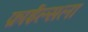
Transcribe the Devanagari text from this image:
फ़ाईल्सला